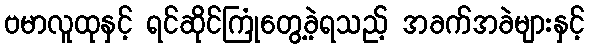
ဗမာလူထုနှင့် ရင်ဆိုင်ကြုံတွေ့ခဲ့ရသည့် အခက်အခဲများနှင့်